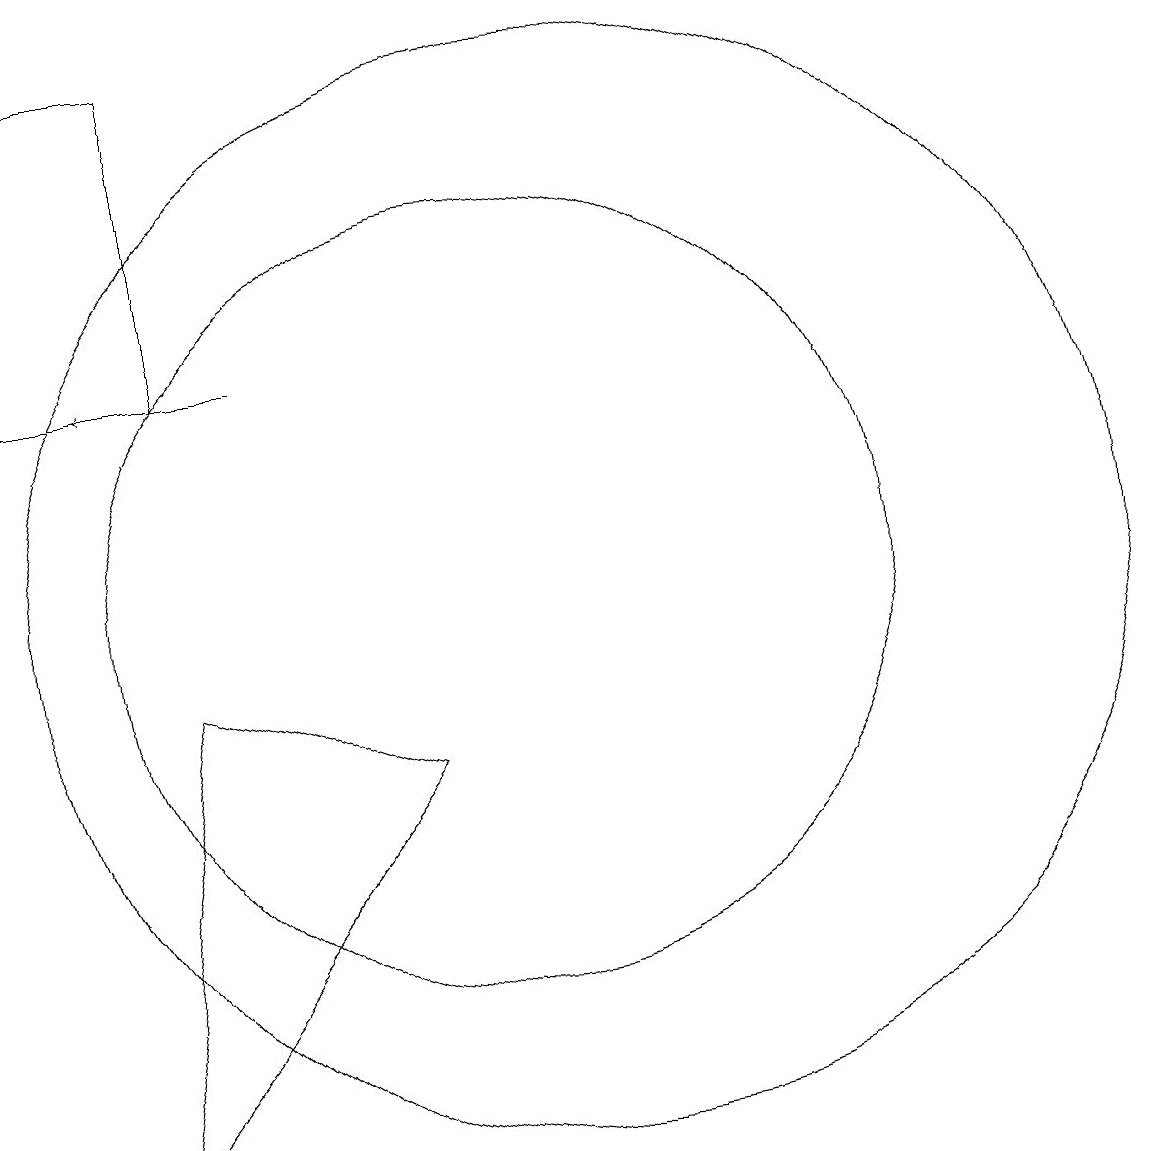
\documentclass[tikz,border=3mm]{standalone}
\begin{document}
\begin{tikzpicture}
\draw (6,17) rectangle (4,13);
\draw (5,3) -- (6,9) -- (9,8) -- cycle;
\draw (10,10) circle (5);
\draw (11,10) circle (7);
\draw[->] (7,13) -- (5,13);
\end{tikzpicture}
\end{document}